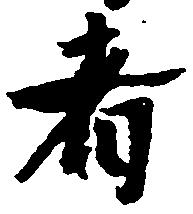
者